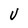
Character: U